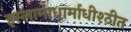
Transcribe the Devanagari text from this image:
इस्लामाधार्माधीश्ठीत